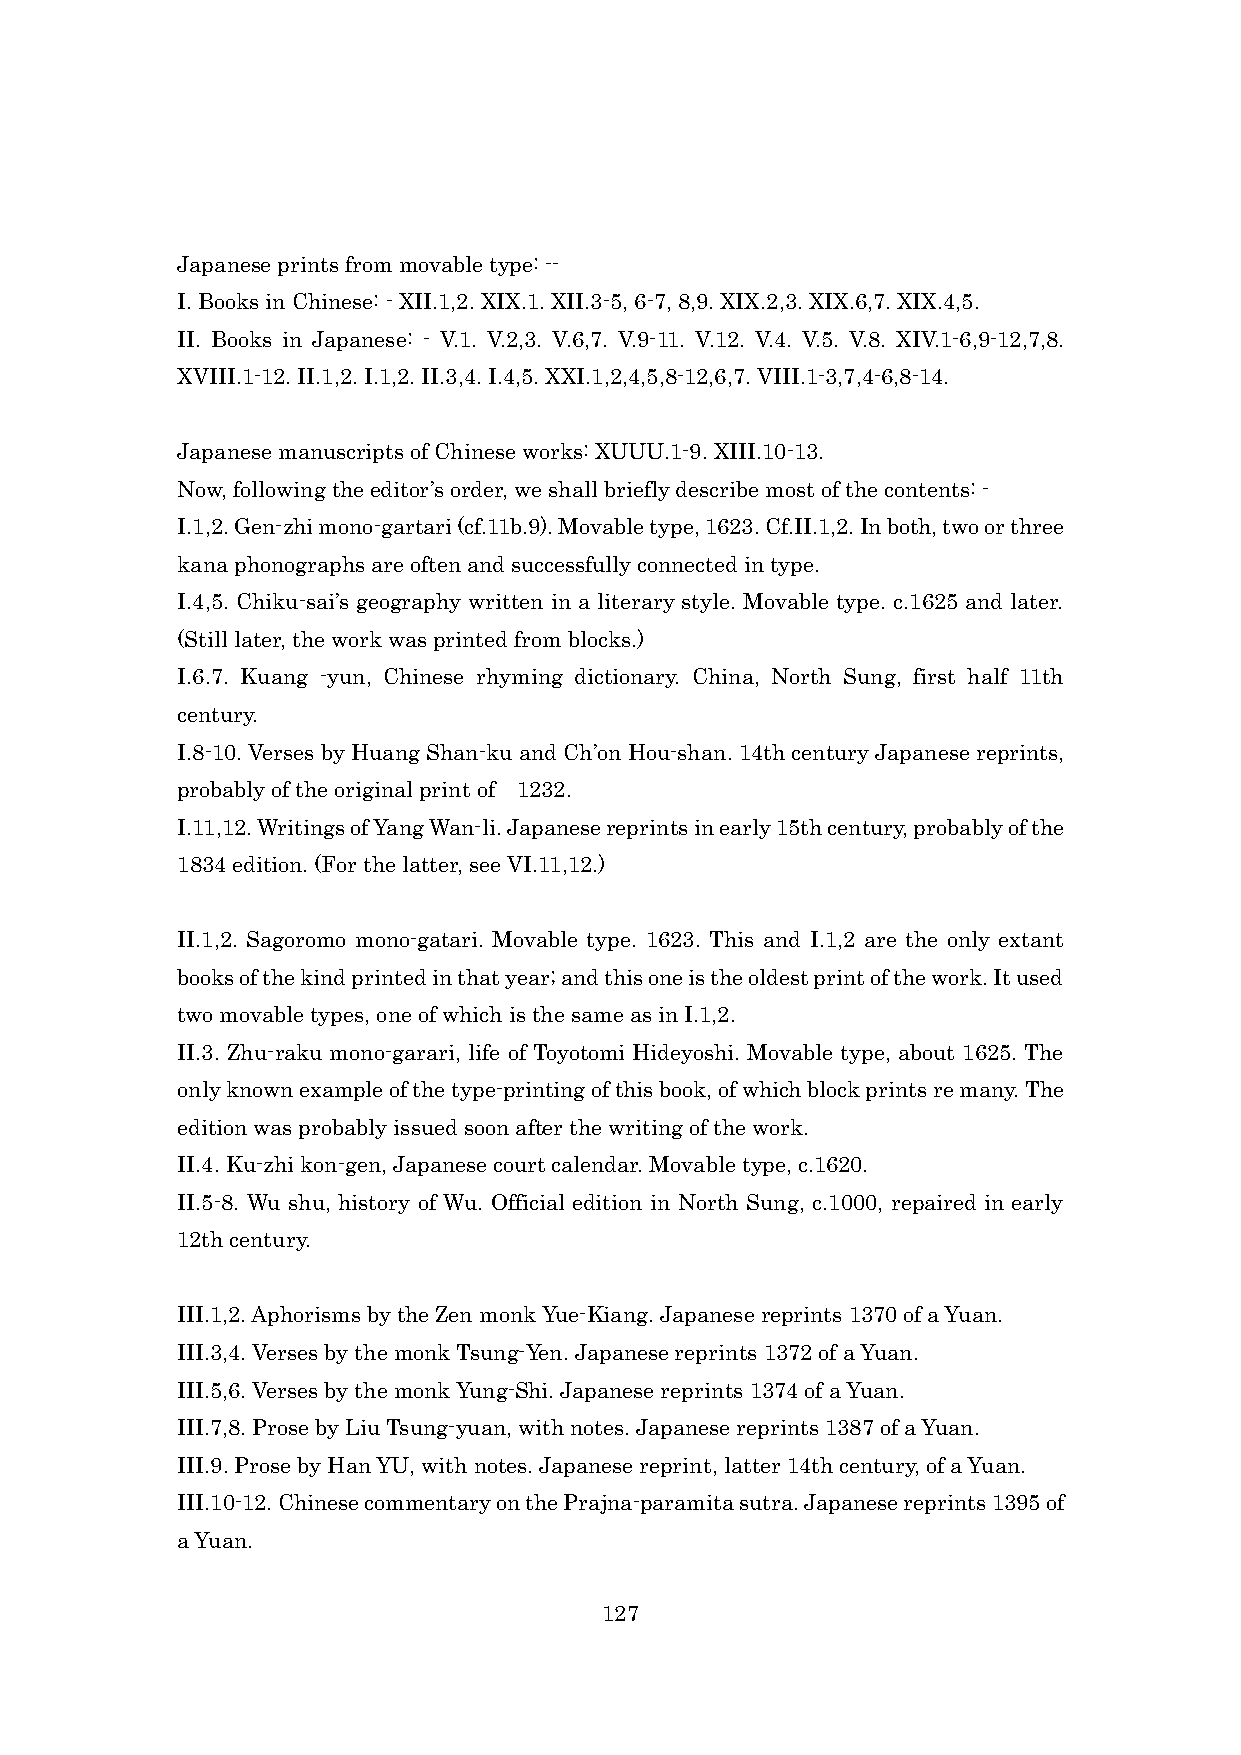
Japanese prints from movable type: --
 I. Books in Chinese: - XII.1,2. XIX.1. XII.3-5, 6-7, 8,9. XIX.2,3. XIX.6,7. XIX.4,5.
 II. Books in Japanese: - V.1. V.2,3. V.6,7. V.9-11. V.12. V.4. V.5. V.8. XIV.1-6,9-12,7,8.
 XVIII.1-12. II.1,2. I.1,2. II.3,4. I.4,5. XXI.1,2,4,5,8-12,6,7. VIII.1-3,7,4-6,8-14.
 Japanese manuscripts of Chinese works: XUUU.1-9. XIII.10-13.
 Now, following the editor’s order, we shall briefly describe most of the contents: -
 I.1,2. Gen-zhi mono-gartari (cf.11b.9). Movable type, 1623. Cf.II.1,2. In both, two or three
 kana phonographs are often and successfully connected in type.
 I.4,5. Chiku-sai’s geography written in a literary style. Movable type. c.1625 and later.
 (Still later, the work was printed from blocks.)
 I.6.7. Kuang -yun, Chinese rhyming dictionary. China, North Sung, first half 11th
 century.
 I.8-10. Verses by Huang Shan-ku and Ch’on Hou-shan. 14th century Japanese reprints,
 probably of the original print of 1232.
 I.11,12. Writings of Yang Wan-li. Japanese reprints in early 15th century, probably of the
 1834 edition. (For the latter, see VI.11,12.)
 II.1,2. Sagoromo mono-gatari. Movable type. 1623. This and I.1,2 are the only extant
 books of the kind printed in that year; and this one is the oldest print of the work. It used
 two movable types, one of which is the same as in I.1,2.
 II.3. Zhu-raku mono-garari, life of Toyotomi Hideyoshi. Movable type, about 1625. The
 only known example of the type-printing of this book, of which block prints re many. The
 edition was probably issued soon after the writing of the work.
 II.4. Ku-zhi kon-gen, Japanese court calendar. Movable type, c.1620.
 II.5-8. Wu shu, history of Wu. Official edition in North Sung, c.1000, repaired in early
 12th century.
 III.1,2. Aphorisms by the Zen monk Yue-Kiang. Japanese reprints 1370 of a Yuan.
 III.3,4. Verses by the monk Tsung-Yen. Japanese reprints 1372 of a Yuan.
 III.5,6. Verses by the monk Yung-Shi. Japanese reprints 1374 of a Yuan.
 III.7,8. Prose by Liu Tsung-yuan, with notes. Japanese reprints 1387 of a Yuan.
 III.9. Prose by Han YU, with notes. Japanese reprint, latter 14th century, of a Yuan.
 III.10-12. Chinese commentary on the Prajna-paramita sutra. Japanese reprints 1395 of
 a Yuan.
 127